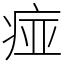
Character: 痖